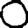
Digit: 0